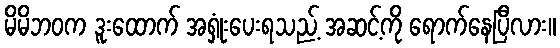
မိမိဘဝက ဒူးထောက် အရှုံးပေးရသည့် အဆင့်ကို ရောက်နေပြီလား။